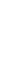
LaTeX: \! \! \! \! \! \! \! \! \! \! \! \! \! \! \! \! \! \! \! \! \! \! \! \! \! \! \! \! \! \! \! \! \! \! \! \omega\! \! \! \! \! \! \! \! \! \! \! \! _{W}\! \! \! \! \! \! \! \! \! \! \! \! :\! \! \! \! \! \! \! \! \! \! \! \! =\! \! \! \! \! \! \! \! \! \! \! \! \frac{\! \! \! \! \! \! \! \! \! \! \! \! -y}{x\! \! \! \! \! \! \! \! \! \! \! \! ^{\! }\! \! \! \! \! \! \! \! \! \! \! 2\! \! \! \! \! \! \! \! \! \! \! \! +y\! \! \! \! \! \! \! \! \! \! \! \! ^{\! }\! \! \! \! \! \! \! \! \! \! \! 2}dx\! \! \! \! \! \! \! \! \! \! \! \! +\! \! \! \! \! \! \! \! \! \! \! \! \frac{x}{x\! \! \! \! \! \! \! \! \! \! \! \! ^{\! }\! \! \! \! \! \! \! \! \! \! \! 2\! \! \! \! \! \! \! \! \! \! \! \! +y\! \! \! \! \! \! \! \! \! \! \! \! ^{\! }\! \! \! \! \! \! \! \! \! \! \! 2}dy\! \! \! \! \! \! \! \! \! \! \! \! .\! \! \! \! \! \! \! \! \! \! \! \! \! \! \! \! \! \! \! \! \! \! \!